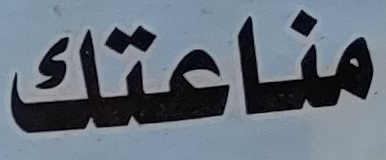
مناعتك